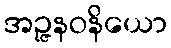
အဉ္ဇနဝနိယော